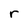
Character: r